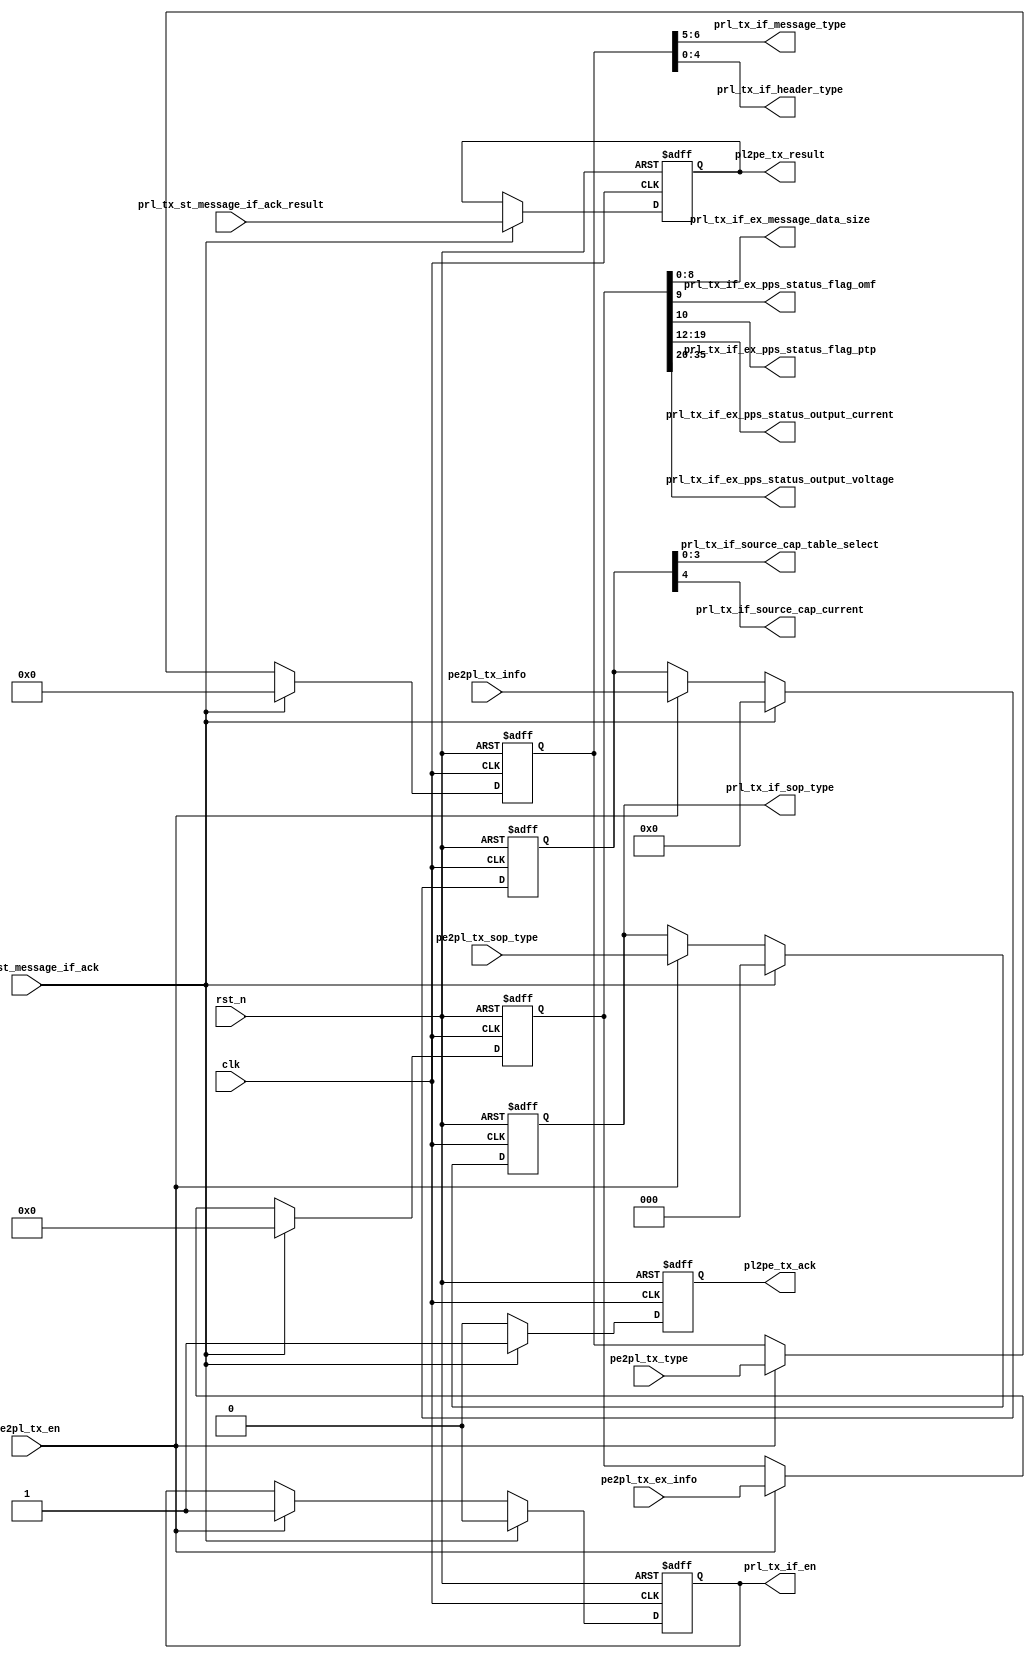
module prl_tx_message_if(
    clk,
    rst_n,
 
    //pe&pl if
    pe2pl_tx_en,
    pe2pl_tx_type,
    pe2pl_tx_sop_type,
    pe2pl_tx_info,
    pe2pl_tx_ex_info,
    pl2pe_tx_ack,
    pl2pe_tx_result,

    //tx st&if if
    prl_tx_st_message_if_ack,
    prl_tx_st_message_if_ack_result,

    //pl tx message decode if
    prl_tx_if_en,
    prl_tx_if_sop_type,
    prl_tx_if_message_type,
    prl_tx_if_header_type,


    prl_tx_if_source_cap_table_select,
    prl_tx_if_source_cap_current,

    prl_tx_if_ex_message_data_size,

    prl_tx_if_ex_pps_status_flag_omf,
    prl_tx_if_ex_pps_status_flag_ptp,
    prl_tx_if_ex_pps_status_output_current,
    prl_tx_if_ex_pps_status_output_voltage



);

input              clk;
input              rst_n;

input              pe2pl_tx_en;
input    [ 6:0]    pe2pl_tx_type;
input    [ 2:0]    pe2pl_tx_sop_type;
input    [ 4:0]    pe2pl_tx_info;
input    [35:0]    pe2pl_tx_ex_info;
output             pl2pe_tx_ack;
output   [ 1:0]    pl2pe_tx_result;

input              prl_tx_st_message_if_ack;
input    [ 1:0]    prl_tx_st_message_if_ack_result;

output             prl_tx_if_en;
output   [ 2:0]    prl_tx_if_sop_type;
output   [ 1:0]    prl_tx_if_message_type;
output   [ 4:0]    prl_tx_if_header_type;


output   [ 3:0]    prl_tx_if_source_cap_table_select;
output             prl_tx_if_source_cap_current;




output   [ 8:0]    prl_tx_if_ex_message_data_size;

output             prl_tx_if_ex_pps_status_flag_omf;
output             prl_tx_if_ex_pps_status_flag_ptp;
output   [ 7:0]    prl_tx_if_ex_pps_status_output_current;
output   [15:0]    prl_tx_if_ex_pps_status_output_voltage;


reg                prl_tx_if_en_reg;
reg      [ 6:0]    prl_tx_if_type_reg;
reg      [ 2:0]    prl_tx_if_sop_type_reg;
reg      [ 4:0]    prl_tx_if_info_reg;
reg      [35:0]    prl_tx_if_ex_info_reg;

reg                pl2pe_tx_ack;
reg      [ 1:0]    pl2pe_tx_result;


//message decode
wire     [ 2:0]    prl_tx_if_header_num_data_object;
wire               prl_tx_if_header_port_data_role;
wire     [ 1:0]    prl_tx_if_header_spec_revision;
wire               prl_tx_if_header_cable_plug;
wire               prl_tx_if_header_port_power_role;

wire               prl_tx_if_pdo_unchunked_ex_message;
wire               prl_tx_if_pdo_dual_role_data;
wire               prl_tx_if_pdo_usb_communication_capable;
wire               prl_tx_if_pdo_unconstrained_power;
wire               prl_tx_if_pdo_usb_suspended_supported;
wire               prl_tx_if_pdo_dual_role_power;


wire     [ 8:0]    prl_tx_if_ex_message_data_size;

wire               prl_tx_if_ex_pps_status_flag_omf;
wire               prl_tx_if_ex_pps_status_flag_ptp;
wire     [ 7:0]    prl_tx_if_ex_pps_status_output_current;
wire     [15:0]    prl_tx_if_ex_pps_status_output_voltage;

//========================================================================================
//========================================================================================
//               PRL TX Message  IF 
//========================================================================================
//========================================================================================

always @(posedge clk or negedge rst_n) begin
       if(!rst_n) begin
              prl_tx_if_en_reg         <= 1'h0;
              prl_tx_if_type_reg       <= 7'h0;
              prl_tx_if_sop_type_reg   <= 3'h0;
              prl_tx_if_info_reg       <= 5'h0;
              prl_tx_if_ex_info_reg    <= 36'h0;
       end
       else if(prl_tx_st_message_if_ack) begin
              prl_tx_if_en_reg         <= 1'h0;
              prl_tx_if_type_reg       <= 7'h0;
              prl_tx_if_sop_type_reg   <= 3'h0;
              prl_tx_if_info_reg       <= 5'h0;
              prl_tx_if_ex_info_reg    <= 36'h0;
       end
       else if(pe2pl_tx_en) begin
              prl_tx_if_en_reg         <= 1'h1;
              prl_tx_if_type_reg       <= pe2pl_tx_type;
              prl_tx_if_sop_type_reg   <= pe2pl_tx_sop_type;
              prl_tx_if_info_reg       <= pe2pl_tx_info;
              prl_tx_if_ex_info_reg    <= pe2pl_tx_ex_info;
       end
end

always @(posedge clk or negedge rst_n) begin
       if(!rst_n) begin
              pl2pe_tx_ack             <= 1'h0;
              pl2pe_tx_result          <= 2'h0;
       end
       else if(prl_tx_st_message_if_ack) begin
              pl2pe_tx_ack             <= 1'h1;
              pl2pe_tx_result          <= prl_tx_st_message_if_ack_result;
       end
       else begin
              pl2pe_tx_ack             <= 1'h0;
       end
end

//========================================================================================
//========================================================================================
//               PRL TX Message IF Decode
//========================================================================================
//========================================================================================

assign    prl_tx_if_en                             = prl_tx_if_en_reg;
assign    prl_tx_if_message_type                   = prl_tx_if_type_reg[6:5];
assign    prl_tx_if_header_type                    = prl_tx_if_type_reg[4:0];
assign    prl_tx_if_sop_type                       = prl_tx_if_sop_type_reg;

assign    prl_tx_if_source_cap_table_select        = prl_tx_if_info_reg[3:0];
assign    prl_tx_if_source_cap_current             = prl_tx_if_info_reg[4:4];


assign    prl_tx_if_ex_message_data_size           = prl_tx_if_ex_info_reg[8:0];

assign    prl_tx_if_ex_pps_status_flag_omf         = prl_tx_if_ex_info_reg[9:9];
assign    prl_tx_if_ex_pps_status_flag_ptp         = prl_tx_if_ex_info_reg[11:10];
assign    prl_tx_if_ex_pps_status_output_current   = prl_tx_if_ex_info_reg[19:12];
assign    prl_tx_if_ex_pps_status_output_voltage   = prl_tx_if_ex_info_reg[35:20];


endmodule